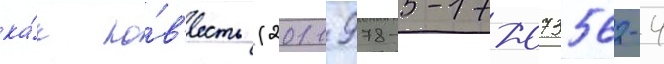
ка́к по́в'есть (2011 978-5-17-073562-4